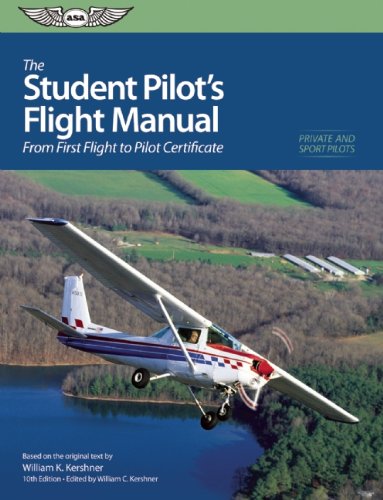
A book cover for The Student Pilot's Flight Manual: From First Flight to Private Certificate (The Flight Manuals Series); William K. Kershner; Engineering & Transportation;